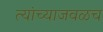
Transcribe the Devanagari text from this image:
त्यांच्याजवळच